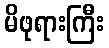
မိဖုရားကြီး